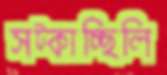
সট্‌কাচ্ছিলি